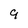
Character: 9